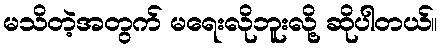
မသိတဲ့အတွက် မရေးလိုဘူးလို့ ဆိုပါတယ်။